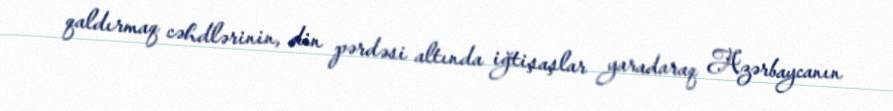
qaldırmaq cəhdlərinin, din pərdəsi altında iğtişaşlar yaradaraq Azərbaycanın